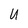
Character: U